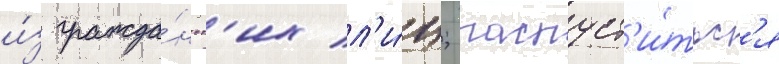
и́з гражда́нск'их л'и́ц; распуст'и́тьс'я